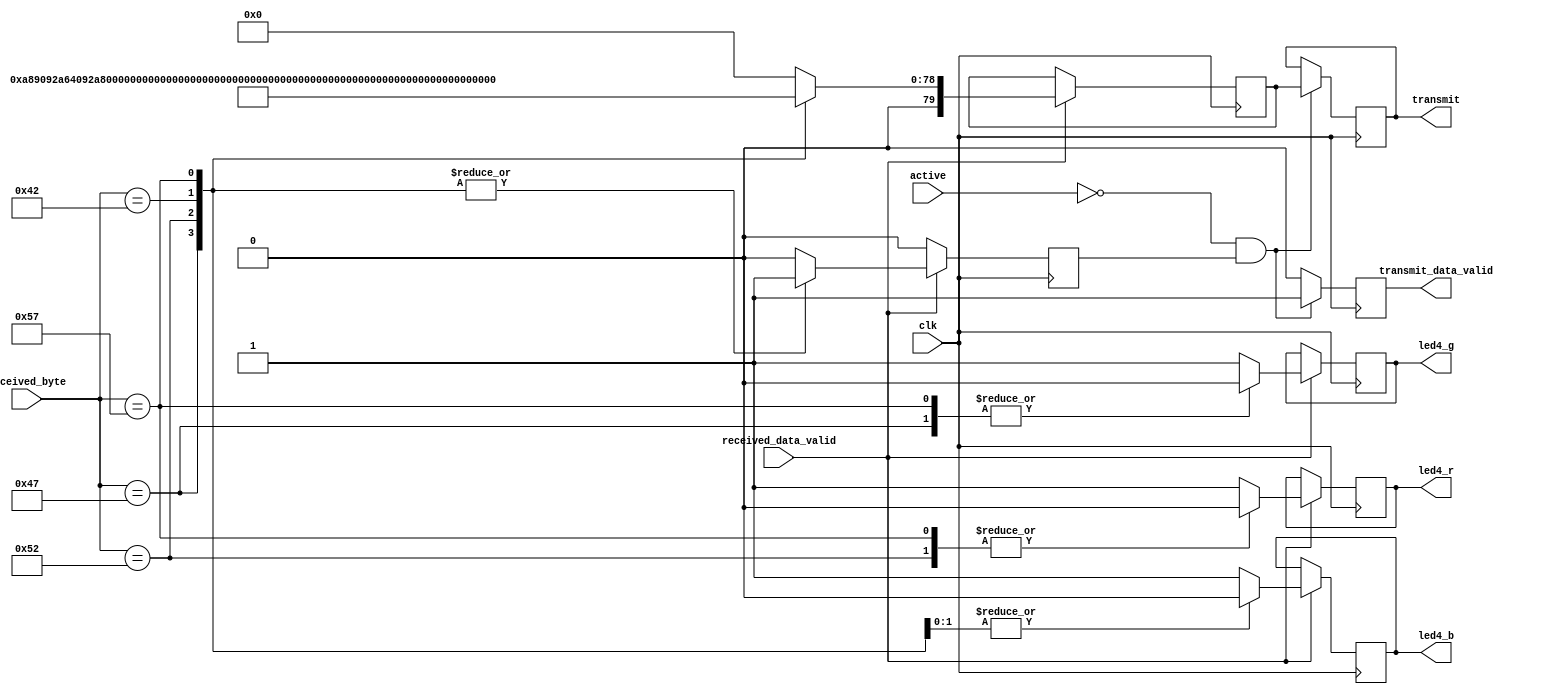
`timescale 1ns / 1ps
//////////////////////////////////////////////////////////////////////////////////
// Company:  University of Utah     
// 
// Module Name: MLA
// Project Name: MLA on an FPGA
// Target Devices: CMOD S7-25: Spartan 7
// Description: Takes UART input from the HFT Raspberry PI and returns
//                      the decisions made by the Machine Learning Algorithm
// 
//////////////////////////////////////////////////////////////////////////////////

module LED(
	input             clk,
	input             received_data_valid,
	input      [7:0]  received_byte,
	input             active,
	output reg        led4_r,
	output reg        led4_g,
	output reg        led4_b,
	output reg        transmit_data_valid,
	output reg [79:0] transmit
);

parameter GREEN     = "G";
parameter RED       = "R";
parameter BLUE      = "B";
parameter WHITE     = "W";

reg [79:0] temporary_transmit;
reg       ready = 0;

initial
begin
    led4_r <= 0;
    led4_g <= 1;
    led4_b <= 0;
end

always@(posedge clk)
begin
  if(received_data_valid)
    begin
      case (received_byte)
        GREEN :
          begin
          led4_r <= 1;
          led4_g <= 0;
          led4_b <= 1;
          temporary_transmit <= "THIS IS GR";
          ready <= 1;
          end
          
        RED :
          begin
          led4_r <= 0;
          led4_g <= 1;
          led4_b <= 1;
          temporary_transmit <= "RED HERE!!";
          ready <= 1;
          end
          
        BLUE :
          begin
          led4_r <= 1;
          led4_g <= 1;
          led4_b <= 0;
          temporary_transmit <= "blueBLUE#1";
          ready <= 1;
          end
          
        WHITE :
          begin
          led4_r <= 0;
          led4_g <= 0;
          led4_b <= 0;
          temporary_transmit <= "this one W";
          ready <= 1;
          end  
       
        default:
          begin
          led4_r <= 1;
          led4_g <= 1;
          led4_b <= 1;
          temporary_transmit <= 0;
          ready <= 0;
          end
      endcase
    end
  else
    ready <= 0;
end

always@(posedge clk)
begin
  if(!active && ready)
    begin
    transmit       <= temporary_transmit;
    transmit_data_valid <= 1;
    end
  else
    transmit_data_valid <= 0;
end

endmodule